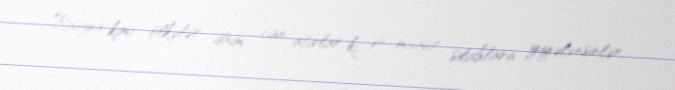
Rusiya kimi ölkələr daim can atırlar ki, ən müasir silahlara yiyələnsinlər,